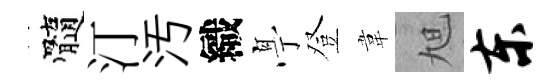
髓汀汚織𠅘登韋旭东